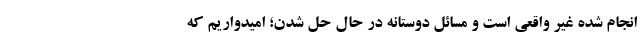
انجام شده غیر واقعی است و مسائل دوستانه در حال حل شدن؛ امیدواریم که